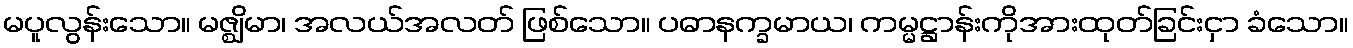
မပူလွန်းသော။ မဇ္ဈိမာ၊ အလယ်အလတ် ဖြစ်သော။ ပဓာနက္ခမာယ၊ ကမ္မဋ္ဌာန်းကိုအားထုတ်ခြင်းငှာ ခံသော။